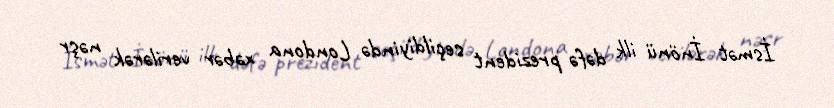
İsmət İnönü ilk dəfə prezident seçildiyində Londona xəbər verilərək nəşr